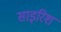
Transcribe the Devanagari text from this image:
साइरिश